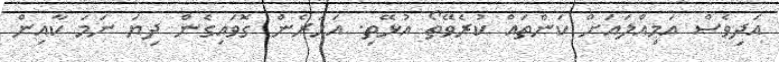
އަދިވެސް އަމިއްލައަށް ކަންތައް ކުރެވޭތޯ އުޅޭތި. އަހަރެން ގޮވައިގެން ދިޔަ ނަމަ ކާއިން